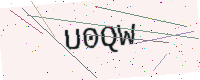
Text: U0QW